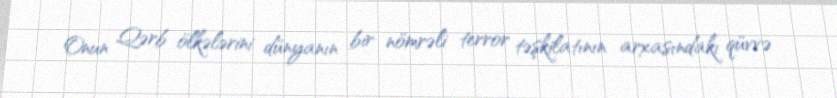
Onun Qərb ölkələrini dünyanın bir nömrəli terror təşkilatının arxasındakı qüvvə